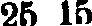
25 15